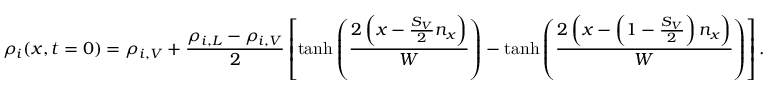
\rho _ { i } ( x , t = 0 ) = \rho _ { i , V } + \frac { \rho _ { i , L } - \rho _ { i , V } } { 2 } \left[ \operatorname { t a n h } { \left( \frac { 2 \left( x - \frac { S _ { V } } { 2 } n _ { x } \right) } { W } \right) } - \operatorname { t a n h } { \left( \frac { 2 \left( x - \left( 1 - \frac { S _ { V } } { 2 } \right) n _ { x } \right) } { W } \right) } \right] .